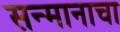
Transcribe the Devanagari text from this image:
सन्मानाचा